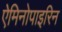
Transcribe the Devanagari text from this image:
ऐमिनोपाइरिन